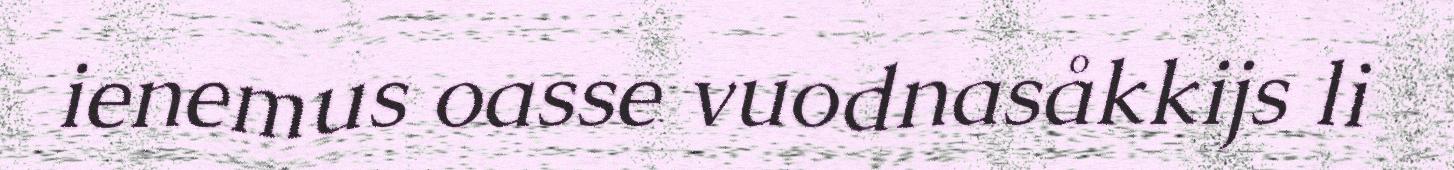
ienemus oasse vuodnasåkkijs li